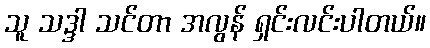
သူ သဒ္ဒါ သင်တာ အလွန် ရှင်းလင်းပါတယ်။